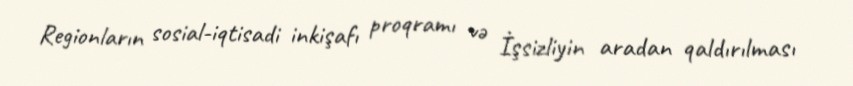
Regionların sosial-iqtisadi inkişafı proqramı və İşsizliyin aradan qaldırılması